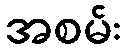
အစမ်း